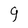
Character: g